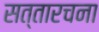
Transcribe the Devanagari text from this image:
सत्तारचना